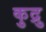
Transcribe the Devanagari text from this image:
कुद्रु